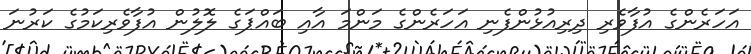
އަހަރެންގެ އުފާވެރި ދިރިއުޅުންފެނި އަހަރެންގެ މަންމަ އާއި ބައްޕަގެ ލޮލުން އުފާވެރިކަމުގެ ކަރުނަ